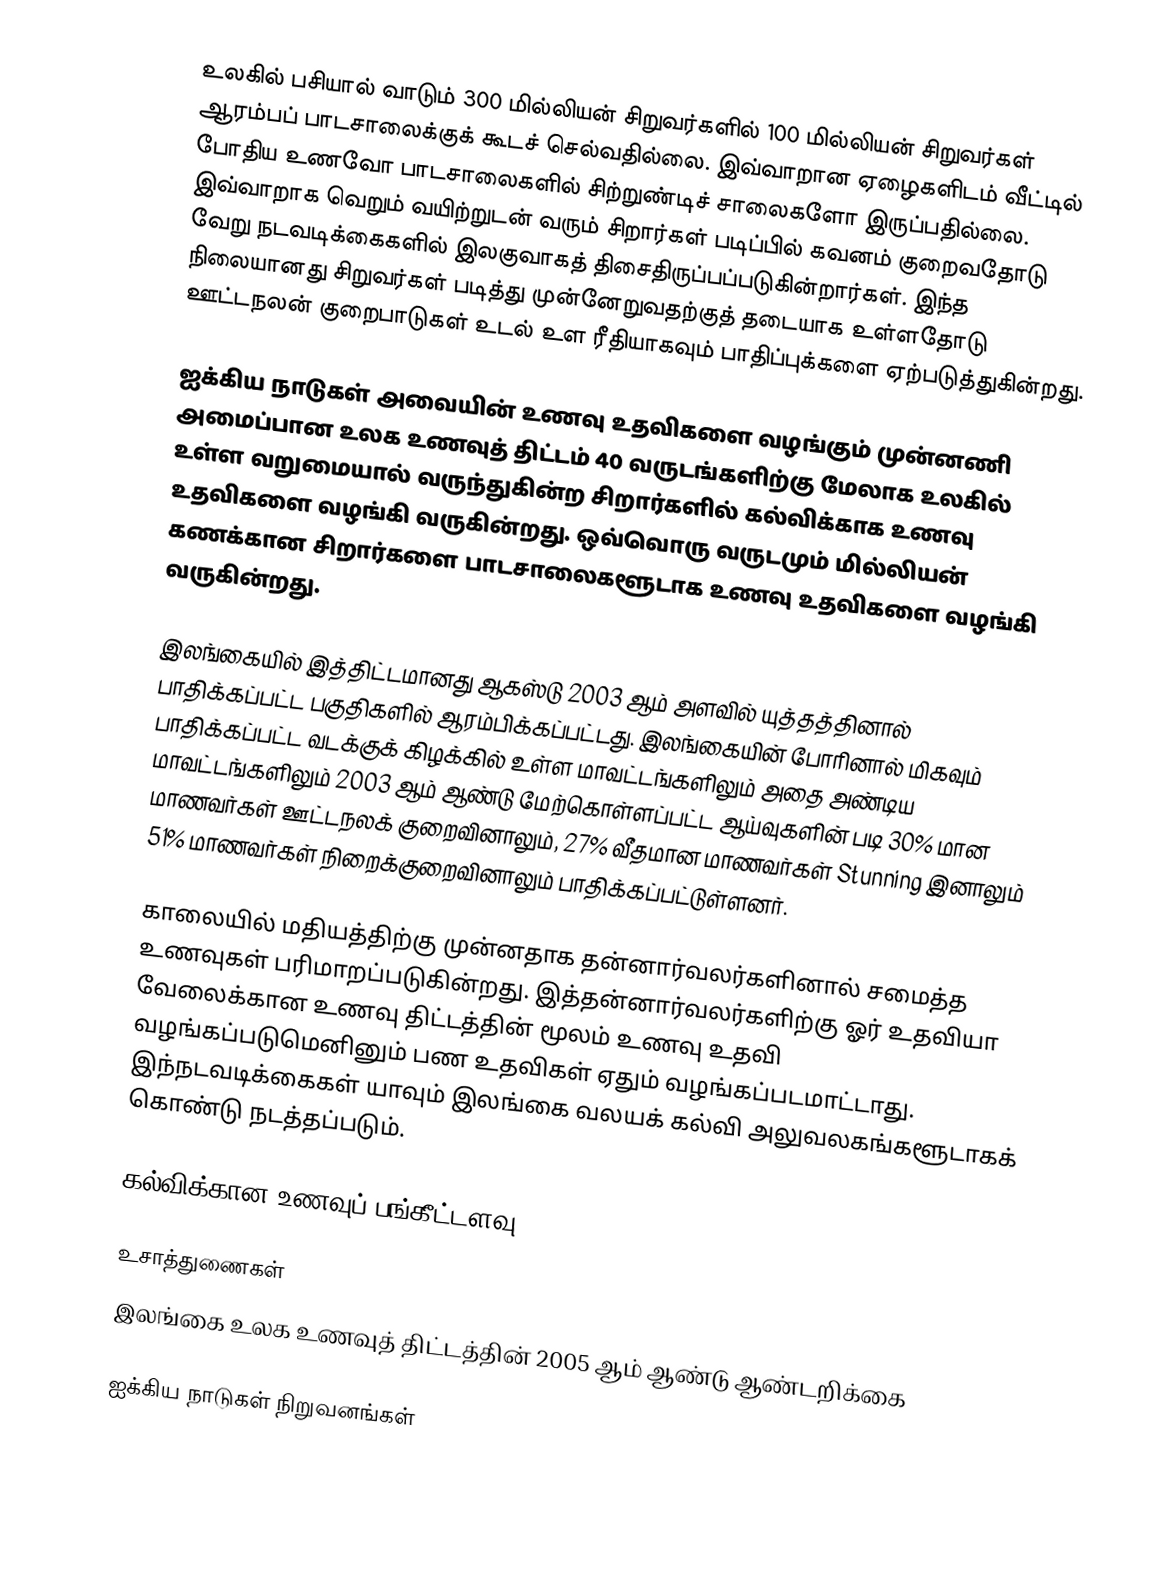
உலகில் பசியால் வாடும் 300 மில்லியன் சிறுவர்களில் 100 மில்லியன் சிறுவர்கள் ஆரம்பப் பாடசாலைக்குக் கூடச் செல்வதில்லை. இவ்வாறான ஏழைகளிடம் வீட்டில் போதிய உணவோ பாடசாலைகளில் சிற்றுண்டிச் சாலைகளோ இருப்பதில்லை. இவ்வாறாக வெறும் வயிற்றுடன் வரும் சிறார்கள் படிப்பில் கவனம் குறைவதோடு வேறு நடவடிக்கைகளில் இலகுவாகத் திசைதிருப்பப்படுகின்றார்கள். இந்த நிலையானது சிறுவர்கள் படித்து முன்னேறுவதற்குத் தடையாக உள்ளதோடு ஊட்டநலன் குறைபாடுகள் உடல் உள ரீதியாகவும் பாதிப்புக்களை ஏற்படுத்துகின்றது.

ஐக்கிய நாடுகள் அவையின் உணவு உதவிகளை வழங்கும் முன்னணி அமைப்பான உலக உணவுத் திட்டம் 40 வருடங்களிற்கு மேலாக உலகில் உள்ள வறுமையால் வருந்துகின்ற சிறார்களில் கல்விக்காக உணவு உதவிகளை வழங்கி வருகின்றது. ஒவ்வொரு வருடமும் மில்லியன் கணக்கான சிறார்களை பாடசாலைகளூடாக உணவு உதவிகளை வழங்கி வருகின்றது.

இலங்கையில் இத்திட்டமானது ஆகஸ்டு 2003 ஆம் அளவில் யுத்தத்தினால் பாதிக்கப்பட்ட பகுதிகளில் ஆரம்பிக்கப்பட்டது. இலங்கையின் போரினால் மிகவும் பாதிக்கப்பட்ட வடக்குக் கிழக்கில் உள்ள மாவட்டங்களிலும் அதை அண்டிய மாவட்டங்களிலும் 2003 ஆம் ஆண்டு மேற்கொள்ளப்பட்ட ஆய்வுகளின் படி 30% மான மாணவர்கள் ஊட்டநலக் குறைவினாலும், 27% வீதமான மாணவர்கள் Stunning இனாலும் 51% மாணவர்கள் நிறைக்குறைவினாலும் பாதிக்கப்பட்டுள்ளனர்.

காலையில் மதியத்திற்கு முன்னதாக தன்னார்வலர்களினால் சமைத்த உணவுகள் பரிமாறப்படுகின்றது. இத்தன்னார்வலர்களிற்கு ஓர் உதவியா வேலைக்கான உணவு திட்டத்தின் மூலம் உணவு உதவி வழங்கப்படுமெனினும் பண உதவிகள் ஏதும் வழங்கப்படமாட்டாது. இந்நடவடிக்கைகள் யாவும் இலங்கை வலயக் கல்வி அலுவலகங்களூடாகக் கொண்டு நடத்தப்படும்.

கல்விக்கான உணவுப் பங்கீட்டளவு

உசாத்துணைகள்
 இலங்கை உலக உணவுத் திட்டத்தின் 2005 ஆம் ஆண்டு ஆண்டறிக்கை

ஐக்கிய நாடுகள் நிறுவனங்கள்